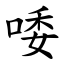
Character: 唩